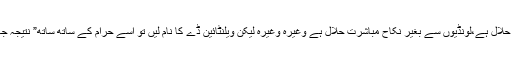
جہاد النکاح حلال ہے،نابالغ بچیوں سے نکاح حلال ہے،لونڈیوں سے بغیر نکاح مباشرت حلال ہے وغیرہ وغیرہ لیکن ویلنٹائین ڈے کا نام لیں تو اُسے حرام کے ساتھ ساتھ” نتیجہ جہنم” کا بھی فیصلہ بھی خود ہی سُنا دیتے ہیں۔